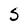
Character: S